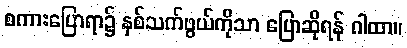
စကားပြောရာ၌ နှစ်သက်ဖွယ်ကိုသာ ပြောဆိုရန် ဂါထာ။